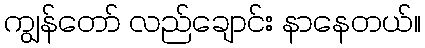
ကျွန်တော် လည်ချောင်း နာနေတယ်။